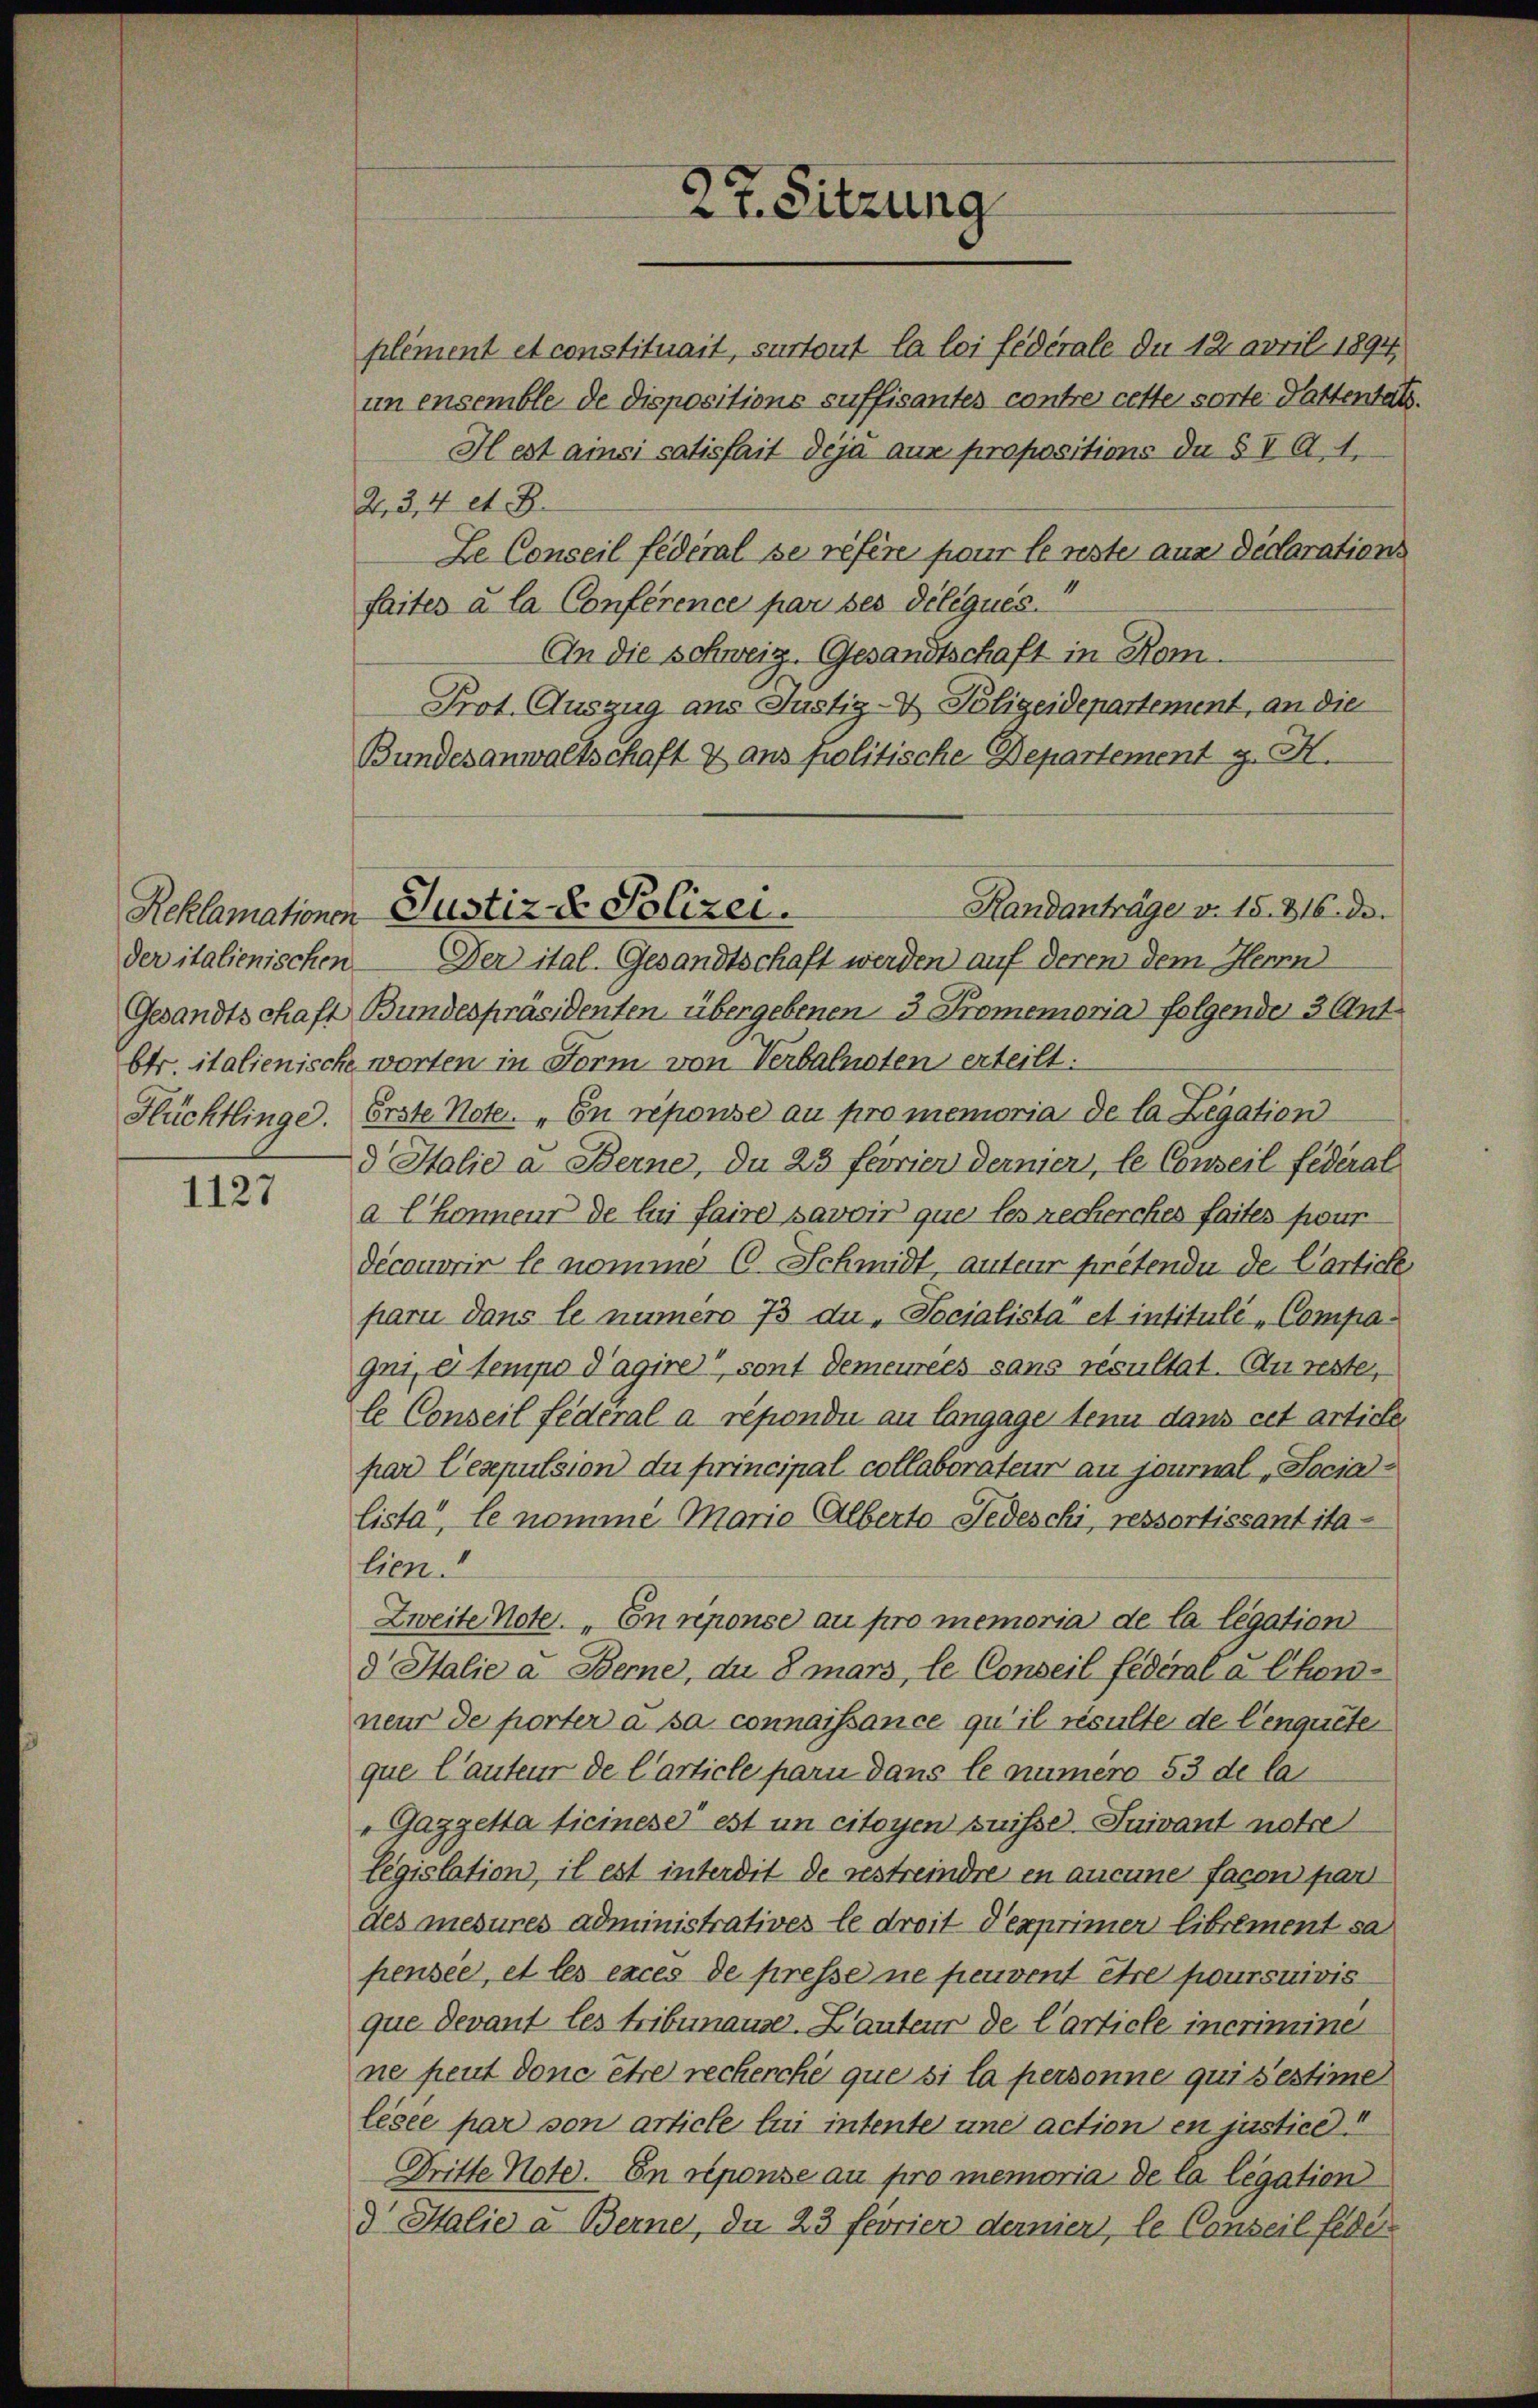
Flüchtlinge.

1127

un ensemble de dispositions suffisantes contre cette sorte Pattentats.
H est ainsi satisfait deja aux propositions da § I A. 1.
2,3,4 et. B.
Le Conseil fédéral se refere pour le reste aus declarations
faites à la Conference par ses délégués.
An die Schweiz. Gesandtschaft in Kom¬
Prot. Auszug aus Justiz- & Polizeidepartement, an die
Bundesanwaltschaft & ans politische Departement g. H.
der italienischen — Der ital. Gesandtschaft werden auf deren dem Herrn
Gesandtschaft Bundespräsidenten übergebenen 3 Promemoria folgende 3 Ant
btr. italienische worten in Form von Verbahneten erteilt:
Erste Note. „En repouse au pro memoria de la Legation
d Italie u Berne, du 23 feorier dernier, le Conseil federat
a Ehonneur de lui faire savoir que les recherches faites four
découvrir le nomme (C. Schmidt, auteur prétendu de Cartiche
parii dans le numero 73 du, Socialista et intitulé-Compagni, e tempo d’agire“, sont demeurees sans résultat. An reste,
le Conseil fédéral a répondi an langage tenu dans cet article
par lesepulsion du principal collaborateur au journal „Socia
lista“, le nomme Maria Alberto Jedeschi, ressortissant ita-
lien.
Zweite Note. „Enreponse au pro memoria de la legation
d Italie a. Berne, du Smars, le Conseil fédéral à Chonneur de porter à sa connaissance qu’il résulte de Cenquete
que Cauteur de Carticle pari dans le numero 53 de la
„Gazzetta licinese est un citoyen puisse suivant notre
Legislation, il est interdit de restreindre en aucune facon part
des mesures administratives le droit d’exprimer librement sa
fensee, et les exces de presse ne peuvent être poursuivis
que devant les tribunause. Lautens de l’article incrimine
ne freut donc être recherche que si la personne qui sestime
lésée par von article lui intente und actionen justice!
Dritte Note. En reponse au pro memoria de la legation
d Salie a. Berne, da 23 feorier dernier, le Conseil feder

27. Sitzung

plement et constituait, surtout la loi fédérale du 12. April 1894

Reklamationen Justiz - Polizei.

Randanträge v. 15. 816. de